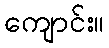
ကျောင်း။